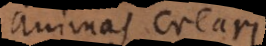
animas creari